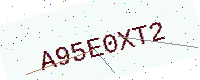
Text: A95E0XT2